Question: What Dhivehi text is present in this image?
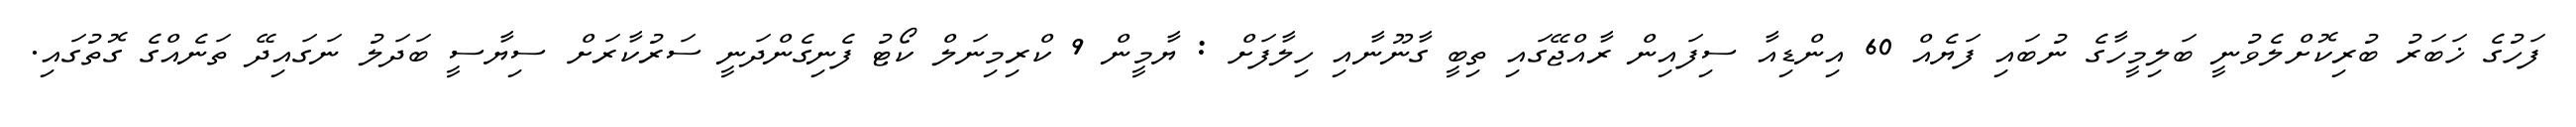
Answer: ފަހުގެ ޚަބަރު ބުރިކޮށްލެވުނީ ބަލިމީހާގެ ނުބައި ފަޔެއް 60 އިންޑިއާ ސިފައިން ރާއްޖޭގައި ތިބީ ގާނޫނާއި ހިލާފަށް : ޔާމީން 9 ކްރިމިނަލް ކޯޓު ފެނިގެންދަނީ ސަރުކާރަށް ސިޔާސީ ބަދަލު ނަގައިދޭ ތަނެއްގެ ގޮތުގައި.